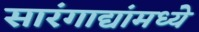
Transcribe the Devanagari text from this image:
सारंगाद्यांमध्ये